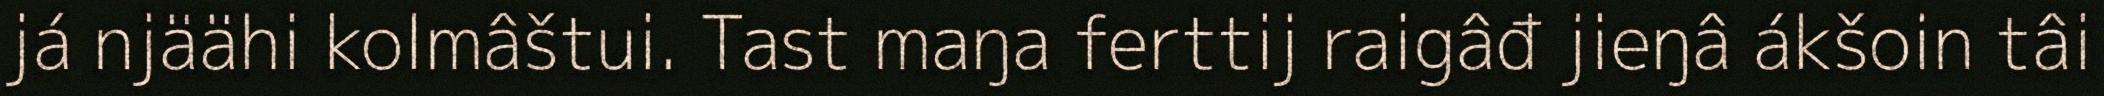
já njäähi kolmâštui. Tast maŋa ferttij raigâđ jieŋâ ákšoin tâi